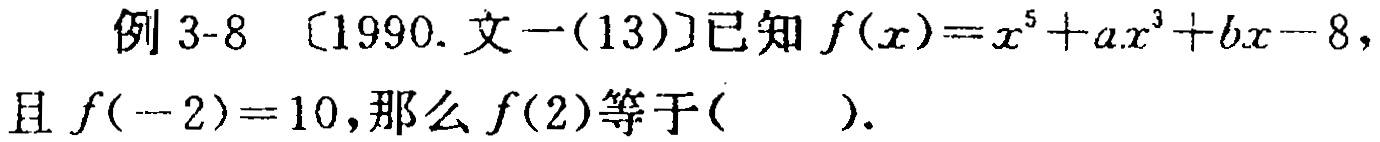
例 3-8 〔1990. 文一(13)〕已知 \(f(x)=x^{5}+ax^{3}+bx - 8\)，且 \(f(-2)=10\)，那么 \(f(2)\)等于( ).